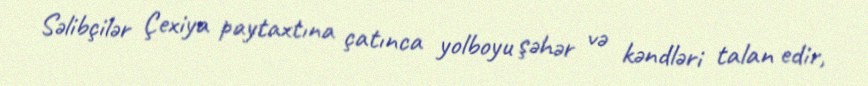
Səlibçilər Çexiya paytaxtına çatınca yolboyu şəhər və kəndləri talan edir,